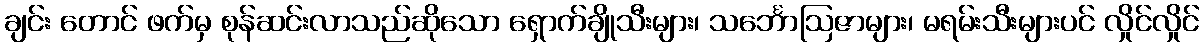
ချင်း တောင် ဖက်မှ စုန်ဆင်းလာသည်ဆိုသော ရှောက်ချိုသီးများ၊ သင်္ဘောဩဇာများ၊ မရမ်းသီးများပင် လှိုင်လှိုင်